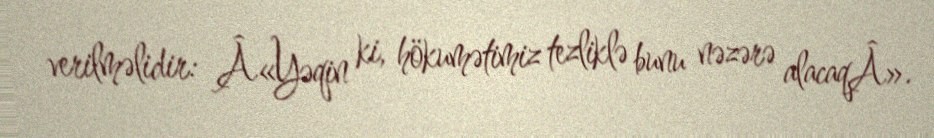
verilməlidir: Â«Yəqin ki, hökumətimiz tezliklə bunu nəzərə alacaqÂ».